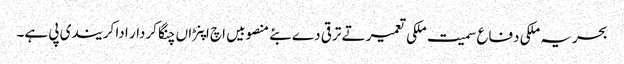
بحریہ ملکی دفاع سمیت ملکی تعمیر تے ترقی دے بئے منصوبیں اچ اپنڑاں چنگا کردار ادا کر یندی پی ہے۔